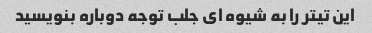
این تیتر را به شیوه ای جلب توجه دوباره بنویسید